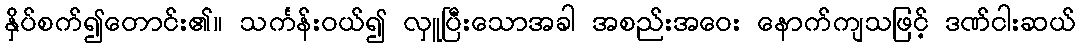
နှိပ်စက်၍တောင်း၏။ သင်္ကန်းဝယ်၍ လှူပြီးသောအခါ အစည်းအဝေး နောက်ကျသဖြင့် ဒဏ်ငါးဆယ်